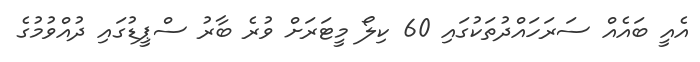
އެއީ ބައެއް ސަރަހައްދުތަކުގައި 60 ކިލޯ މީޓަރަށް ވުރެ ބާރު ސްޕީޑުގައި ދުއްވުމުގެ